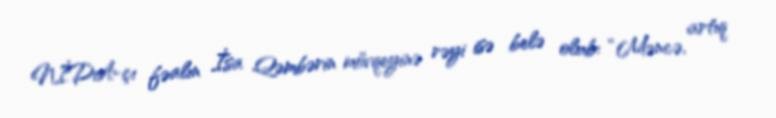
NİDA-çı fəalın İsa Qəmbərin mövqeyinə rəyi isə belə olub: “Məncə, artıq